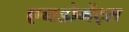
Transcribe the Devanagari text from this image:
एनडोमेंट्स